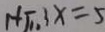
1 + \sqrt { 1 1 } 3 x = 5